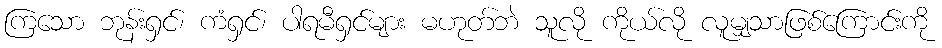
ကြသော ဘုန်းရှင်၊ ကံရှင်၊ ပါရမီရှင်များ မဟုတ်ဘဲ သူလို ကိုယ်လို လူမျှသာဖြစ်ကြောင်းကို